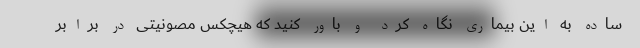
ساده به این بیماری نگاه کرد و باور کنید که هیچکس مصونیتی در برابر